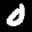
Label: 0